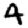
Digit: 4